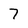
Character: 7